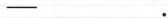
—___.